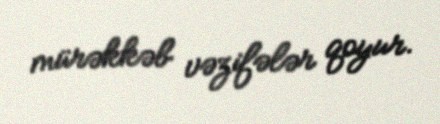
mürəkkəb vəzifələr qoyur.